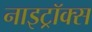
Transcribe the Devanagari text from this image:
नाइट्रॉक्स